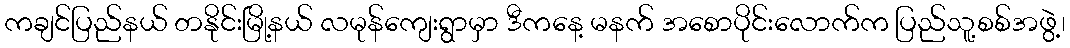
ကချင်ပြည်နယ် တနိုင်းမြို့နယ် လမုန်ကျေးရွာမှာ ဒီကနေ့ မနက် အစောပိုင်းလောက်က ပြည်သူ့စစ်အဖွဲ့၊